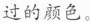
过的颜色。